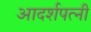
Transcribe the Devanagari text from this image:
आदर्शपत्नी